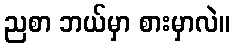
ညစာ ဘယ်မှာ စားမှာလဲ။